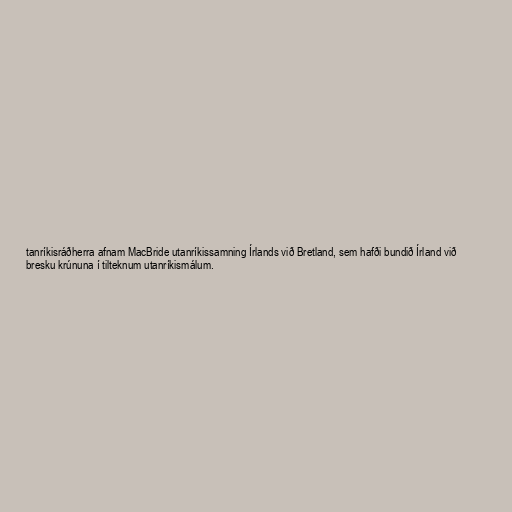
tanríkisráðherra afnam MacBride utanríkissamning Írlands við Bretland, sem hafði bundið Írland við
bresku krúnuna í tilteknum utanríkismálum.